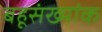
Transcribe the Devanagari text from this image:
बहूसंख्यांक